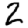
Digit: 2